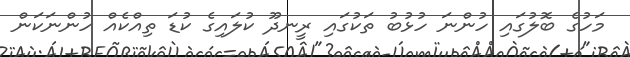
މަހުގެ ބޮލުގައި ހުންނަ ހުޅުބު ތަކުގައި ރީނދޫ ކުލައިގެ ކުޑަ ތިއްކެއް ހުންނަކަން